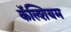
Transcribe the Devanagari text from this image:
कॅॅल्शियम